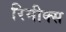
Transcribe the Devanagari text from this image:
रिमीक्स